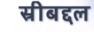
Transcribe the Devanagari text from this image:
स्रीबद्दल